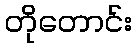
တိုတောင်း